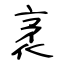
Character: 袤